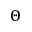
\Theta